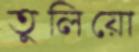
তুলিয়ো